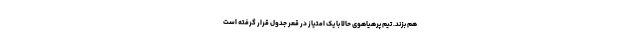
هم بزند. تیم پرهیاهوی حالا با یک امتیاز در قعر جدول قرار گرفته است